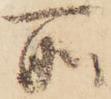
所